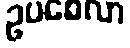
ဥပစေလာ